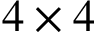
4 \times 4